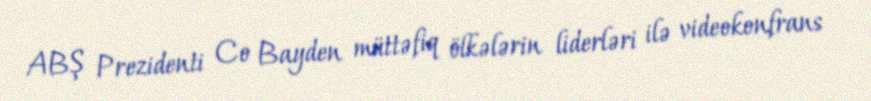
ABŞ Prezidenti Co Bayden müttəfiq ölkələrin liderləri ilə videokonfrans